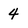
Character: 4